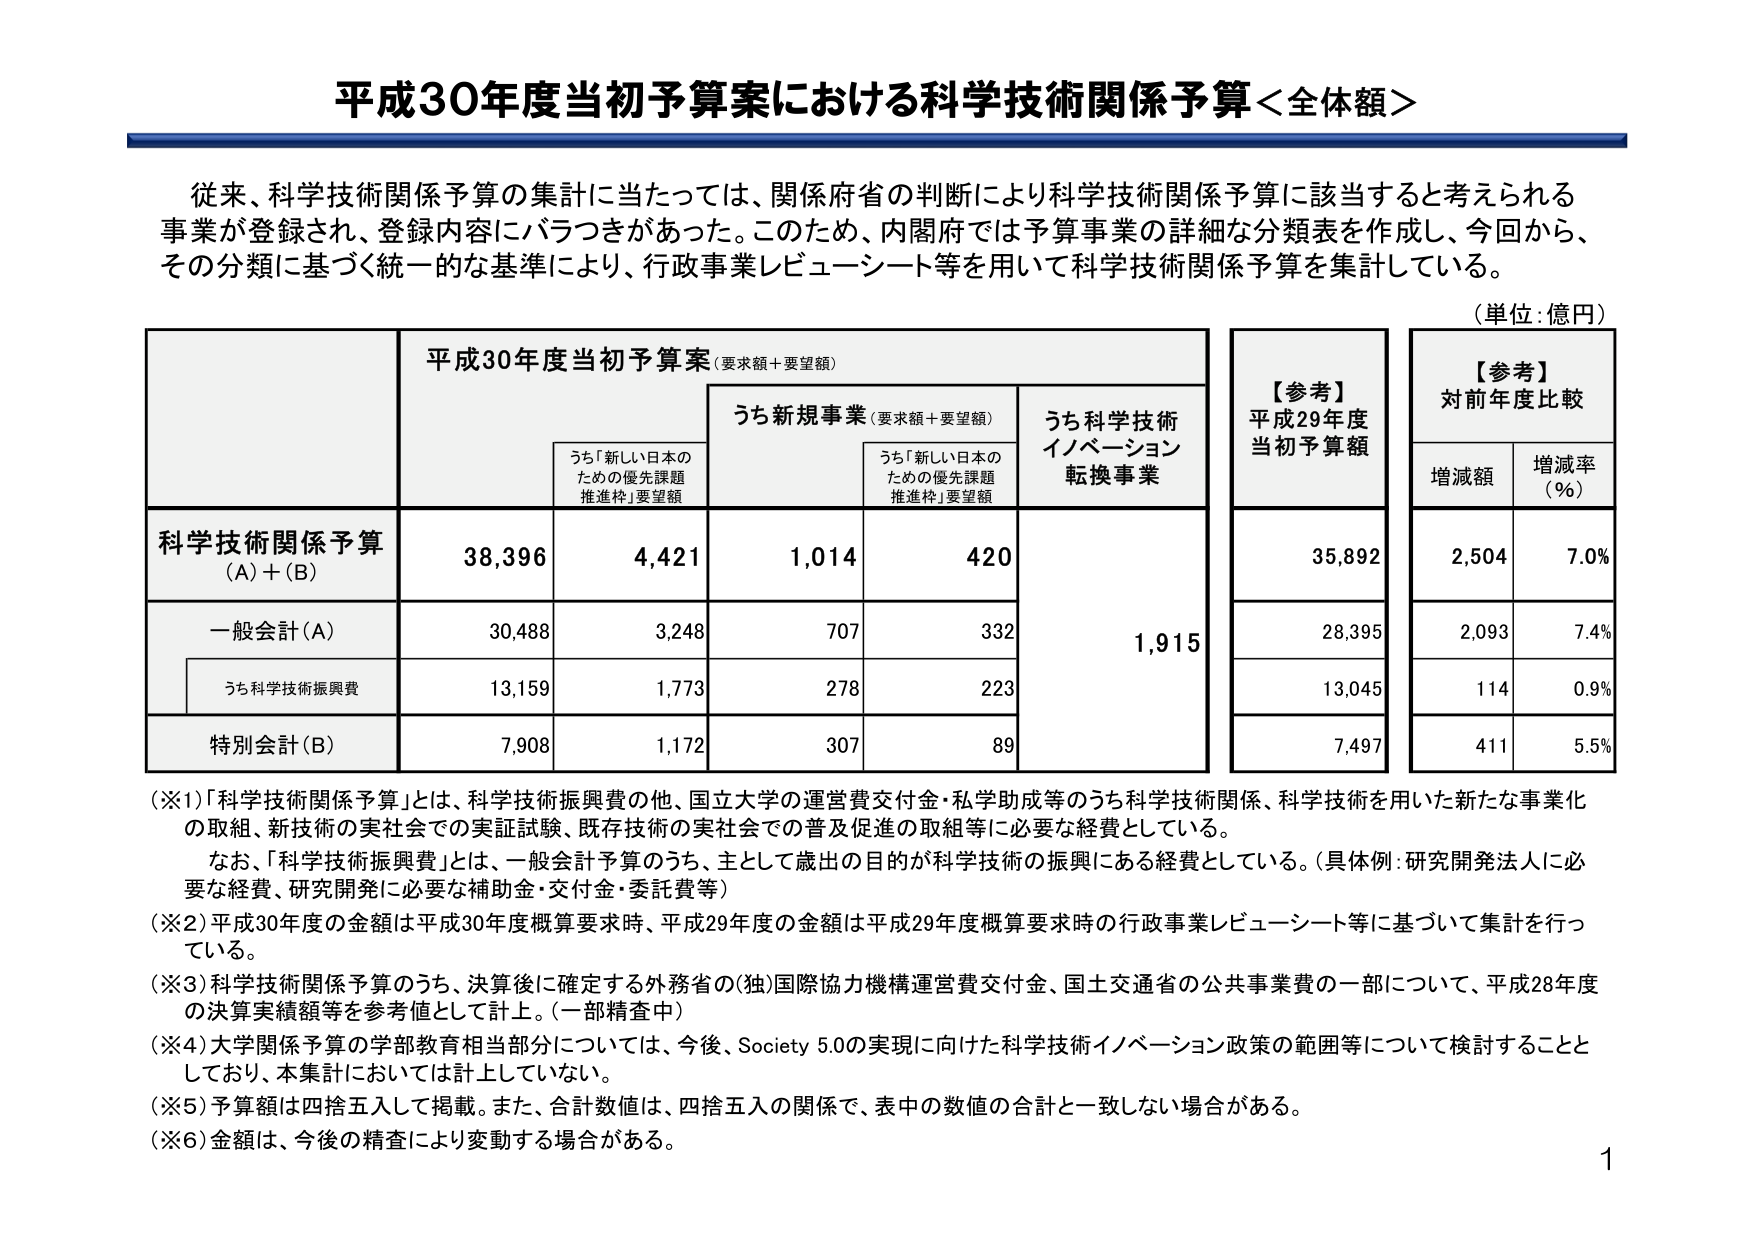
平成30年度当初予算案における科学技術関係予算＜全体額＞

従来、科学技術関係予算の集計に当たっては、関係府省の判断により科学技術関係予算に該当すると考えられる事業が登録され、登録内容にバラつきがあった。このため、内閣府では予算事業の詳細な分類表を作成し、今回から、その分類に基づく統一的な基準により、行政事業レビューーシート等を用いて科学技術関係予算を集計している。

（単位：億円）

平成30年度当初予算案（要求額＋要望額）

うち新規事業（要求額＋要望額）

うち「新しい日本のための優先課題推進枠」要望額

うち科学技術イノベーション転換事業

【参考】
平成29年度当初予算額

【参考】
対前年度比較

増減額
増減率（％）

科学技術関係予算（A）＋（B）
38,396
4,421
1,014
420
35,892
2,504
7.0％

一般会計（A）
30,488
3,248
707
332
1,915
28,395
2,093
7.4％

うち科学技術振興費
13,159
1,773
278
223
13,045
114
0.9％

特別会計（B）
7,908
1,172
307
89
7,497
411
5.5％

（※1）「科学技術関係予算」とは、科学技術振興費の他、国立大学の運営費交付金・私学助成等のうち科学技術関係、科学技術を用いた新たな事業化の取組、新技術の実社会での実証試験、既存技術の実社会での普及促進の取組等に必要な経費としている。
　　なお、「科学技術振興費」とは、一般会計予算のうち、主として歳出の目的が科学技術の振興にある経費としている。（具体例：研究開発法人に必要な経費、研究開発に必要な補助金・交付金・委託費等）

（※2）平成30年度の金額は平成30年度概算要求時、平成29年度の金額は平成29年度概算要求時の行政事業レビューーシート等に基づいて集計を行っている。

（※3）科学技術関係予算のうち、決算後に確定する外務省の（独）国際協力機構運営費交付金、国土交通省の公共事業費の一部について、平成28年度の決算実績額等を参考値として計上。（一部精査中）

（※4）大学関係予算の学部教育相当部分については、今後、Society 5.0の実現に向けた科学技術イノベーション政策の範囲等について検討することとしており、本集計においては計上していない。

（※5）予算額は四捨五入して掲載。また、合計数値は、四捨五入の関係で、表中の数値の合計と一致しない場合がある。

（※6）金額は、今後の精査により変動する場合がある。

1